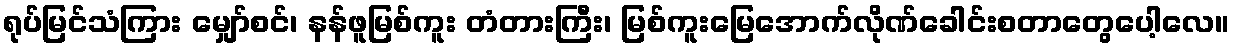
ရုပ်မြင်သံကြား မျှော်စင်၊ နန်ဖူမြစ်ကူး တံတားကြီး၊ မြစ်ကူးမြေအောက်လိုဏ်ခေါင်းစတာတွေပေါ့လေ။